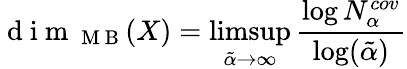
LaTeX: \mathrm{~d~i~m~}_{\mathrm{~M~B~}}(X)=\operatorname*{limsup}_{\tilde{\alpha}\rightarrow\infty}\frac{\log N_{\alpha}^{cov}}{\log(\tilde{\alpha})}